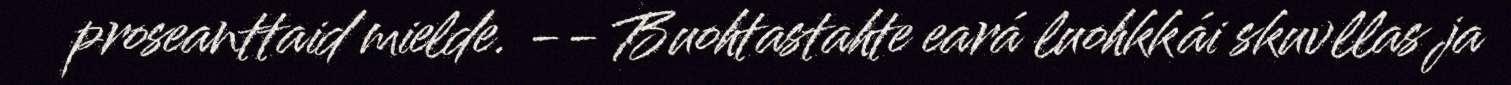
proseanttaid mielde. ‐‐ Buohtastahte eará luohkkái skuvllas ja